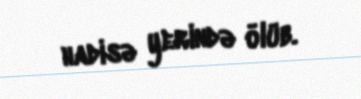
hadisə yerində ölüb.